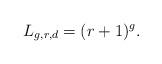
LaTeX: \begin{align*} L_{g,r,d}=(r+1)^g.\end{align*}